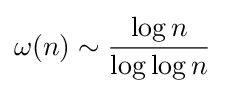
\omega (n)\sim {\frac {\log n}{\log \log n}}